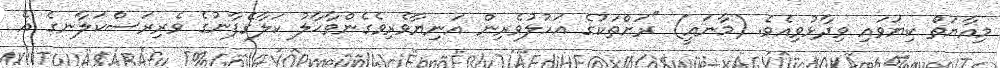
މިއާޔަތް ކިޔަވައި ވިދާޅުވިއެވެ. (މާނައީ) "ރަށްތަކުގެ އަހުލުވެރިން އަނިޔާވެރިވެގެންވާޙާލު ކަލާގެފާނުގެ ވެރިރަސްކަލާނގެ އެ